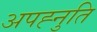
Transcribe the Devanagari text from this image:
अपह्नुति